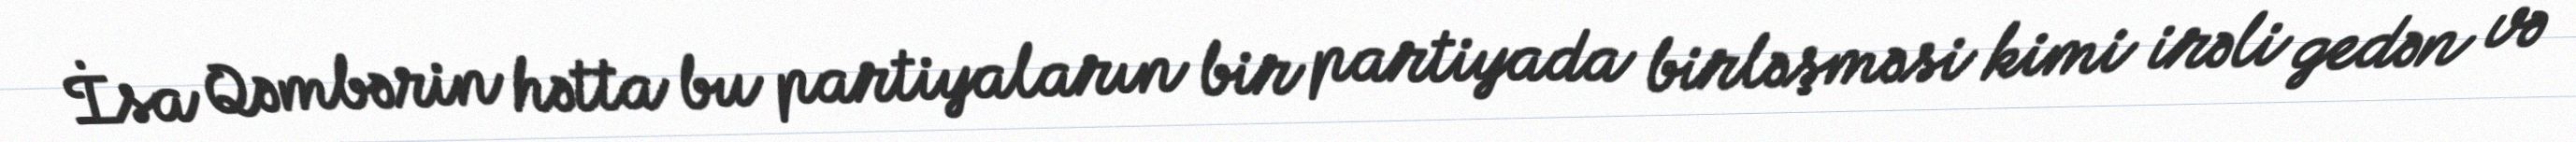
İsa Qəmbərin hətta bu partiyaların bir partiyada birləşməsi kimi irəli gedən və